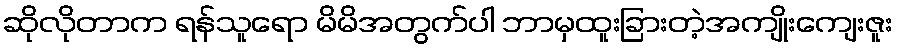
ဆိုလိုတာက ရန်သူရော မိမိအတွက်ပါ ဘာမှထူးခြားတဲ့အကျိုးကျေးဇူး